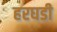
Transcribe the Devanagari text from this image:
हरघडी